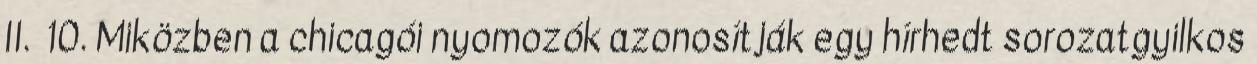
II. 10. Miközben a chicagói nyomozók azonosítják egy hírhedt sorozatgyilkos